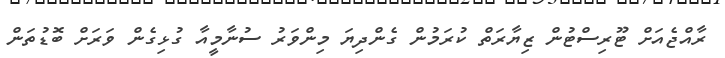
ރާއްޖެއަށް ޓޫރިސްޓުން ޒިޔާރަތް ކުރަމުން ގެންދިޔަ މިންވަރު ސުނާމީއާ ގުޅިގެން ވަރަށް ބޮޑުތަން